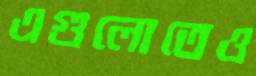
এগুলোতেও